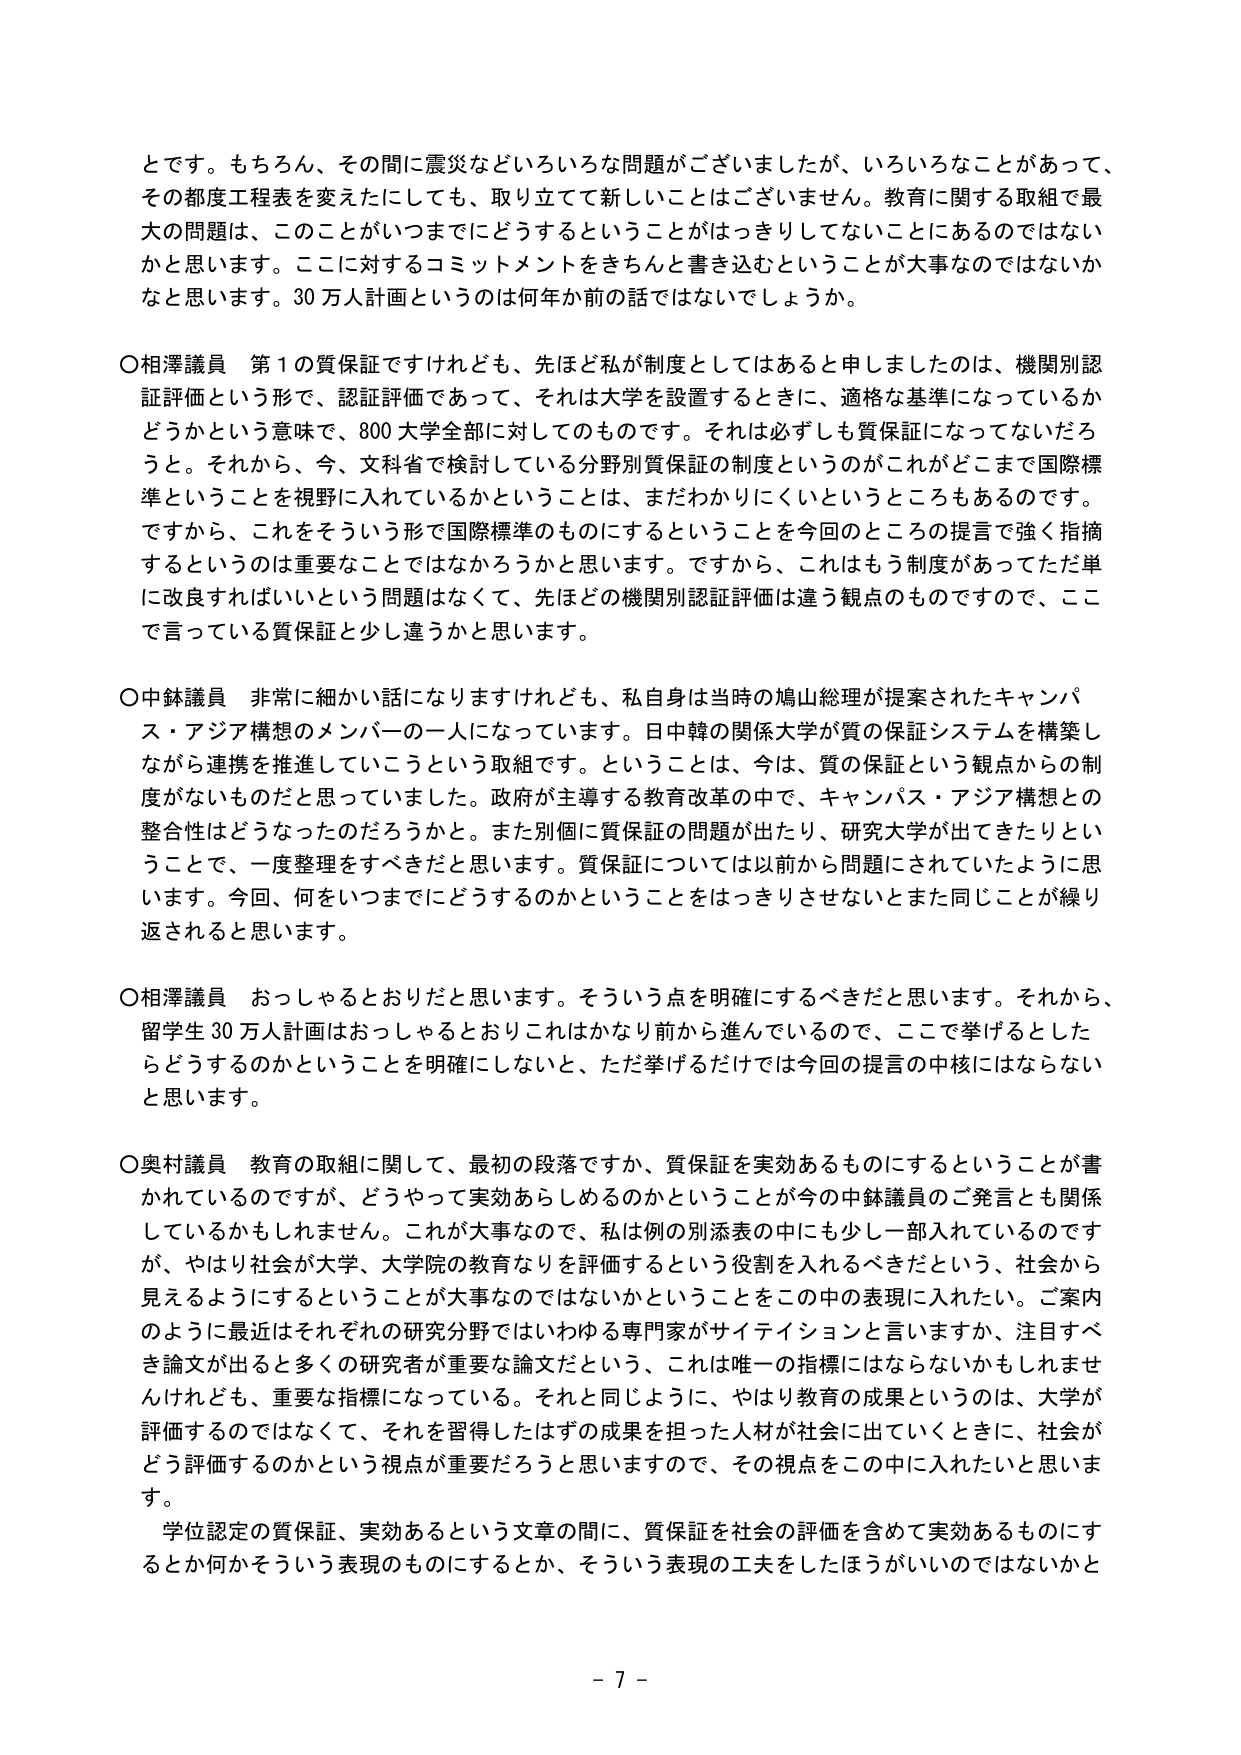
とです。もちろん、その間に震災などいろいろな問題がございましたが、いろいろなことがあって、その都度工程表を変えたにしても、取り立てて新しいことはございません。教育に関する取組で最大の問題は、このことがいつまでにどうするということはっきりしてないことにあるのではないかと思います。ここに対するコミットメントをきちんと書き込むということが大事なのではないかなと思います。30万人計画というのは何年か前の話ではないでしょうか。

○相澤議員 第1の質保証ですけれども、先ほど私が制度としてはあると申しましたのは、機関別認証評価という形で、認証評価であって、それは大学を設置するときに、適格な基準になっているかどうかという意味で、800大学全部に対してのものです。それは必ずしも質保証になってないだろうと。それから、今、文科省で検討している分野別質保証の制度というのがこれがどこまで国際標準ということを視野に入れているかということは、まだわかりにくいというところもあるのです。ですから、これをそういう形で国際標準のものにするということを今回のところの提言で強く指摘するというのは重要なことではなかろうかと思います。ですから、これはもう制度があってただ単に改良すればいいという問題はなくて、先ほどの機関別認証評価は違う観点のものですので、ここで言っている質保証と少し違うかと思います。

○中鉢議員 非常に細かい話になりますけれども、私自身は当時の鳩山総理が提案されたキャンパス・アジア構想のメンバーの一人になっています。日中韓の関係大学が質の保証システムを構築しながら連携を推進していこうという取組です。ということは、今は、質の保証という観点からの制度がないものだと思っていました。政府が主導する教育改革の中で、キャンパス・アジア構想との整合性はどうなったのだろうかと。また別個に質保証の問題が出たり、研究大学が出てきたりということで、一度整理をすべきだと思います。質保証については以前から問題にされていたように思います。今回、何をいつまでにどうするのかということをはっきりさせないとまた同じことが繰り返されると思います。

○相澤議員 おっしゃるとおりだと思います。そういう点を明確にするべきだと思います。それから、留学生30万人計画はおっしゃるとおりこれはかなり前から進んでいるので、ここで挙げるとしたらどうするのかということを明確にしないと、ただ挙げるだけでは今回の提言の中核にはならないと思います。

○奥村議員 教育の取組に関して、最初の段落ですか、質保証を実効あるものにするということが書かれているのですが、どうやって実効あらしめるのかということが今の中鉢議員のご発言とも関係しているかもしれません。これが大事なので、私は例の別添表の中にも少しが入れているのですが、やはり社会が大学、大学院の教育なりを評価するという役割を入れるべきだという、社会から見えるようにするということが大事なのではないかということをこの中の表現に入れたい。ご案内のように最近はそれぞれの研究分野ではいわゆる専門家がサイテイションと言いますか、注目すべき論文が出ると多くの研究者が重要な論文だという、これは唯一の指標にはならないかもしれませんが、重要な指標になっている。それと同じように、やはり教育の成果というのは、大学が評価するのではなくて、それを習得したはずの成果を担った人材が社会に出ていくときに、社会がどう評価するのかという視点が重要だろうと思いますので、その視点をこの中に入れたいと思います。
学位認定の質保証、実効あるという文章の間に、質保証を社会の評価を含めて実効あるものにするとか何かそういう表現のものにするとか、そういう表現の工夫をしたほうがいいのではないかと

- 7 -